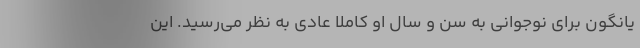
یانگون برای نوجوانی به سن و سال او کاملا عادی به نظر می‌رسید. این